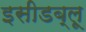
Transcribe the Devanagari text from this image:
इसीडब्लू